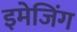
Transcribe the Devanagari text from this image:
इमेजिंग